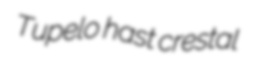
Tupelo hast crestal